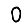
Digit: 0